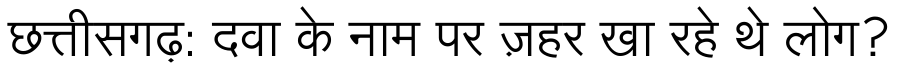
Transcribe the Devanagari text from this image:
छत्तीसगढ़: दवा के नाम पर ज़हर खा रहे थे लोग?